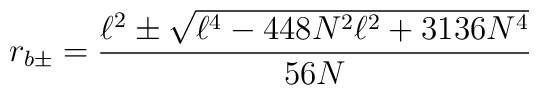
r_{b\pm }=\frac{\ell ^{2}\pm \sqrt{\ell ^{4}-448N^{2}\ell ^{2}+3136N^{4}}}{56N}